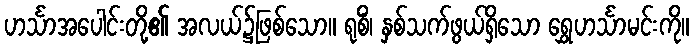
ဟင်္သာအပေါင်းတို့၏ အလယ်၌ဖြစ်သော။ ရုစိံ၊ နှစ်သက်ဖွယ်ရှိသော ရွှေဟင်္သာမင်းကို။